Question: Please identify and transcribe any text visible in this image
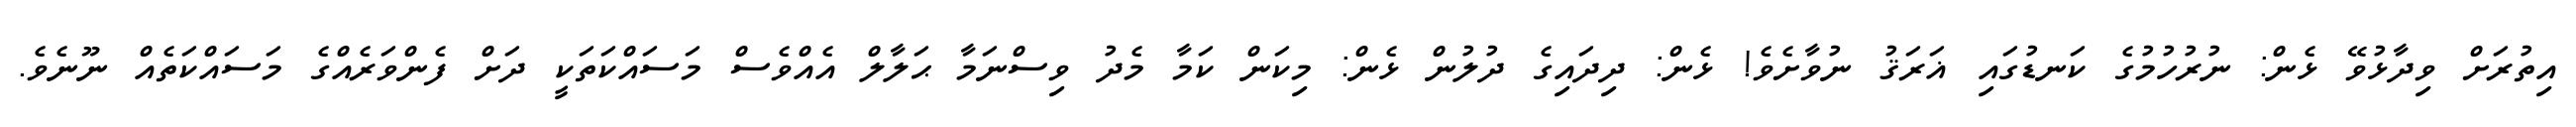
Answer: އިތުރަށް ވިދާޅުވޭ ޅެން: ނުރުހުމުގެ ކަނޑުގައި ޣަރަޤު ނުވާށެވެ! ޅެން: ދިދައިގެ ދުލުން ޅެން: މިކަން ކަމާ މެދު ވިސްނަމާ ޙަލާލް އެއްވެސް މަސައްކަތަކީ ދަށް ފެންވަރެއްގެ މަސައްކަތެއް ނޫނެވެ.